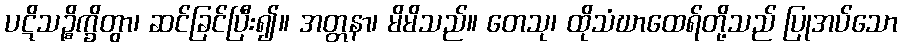
ပဋိသဉ္စိက္ခိတွာ၊ ဆင်ခြင်ပြီး၍။ အတ္တနာ၊ မိမိသည်။ တေသု၊ ထိုသံဃာထေရ်တို့သည် ပြုအပ်သော